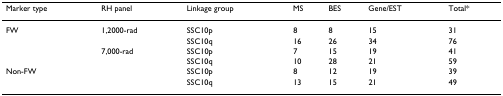
<table><thead><tr><td><b>Marker type</b></td><td><b>RH panel</b></td><td><b>Linkage group</b></td><td><b>MS</b></td><td><b>BES</b></td><td><b>Gene/EST</b></td><td><b>Total*</b></td></tr></thead><tbody><tr><td>FW</td><td>1,2000-rad</td><td>SSC10p</td><td>8</td><td>8</td><td>15</td><td>31</td></tr><tr><td></td><td></td><td>SSC10q</td><td>16</td><td>26</td><td>34</td><td>76</td></tr><tr><td></td><td>7,000-rad</td><td>SSC10p</td><td>7</td><td>15</td><td>19</td><td>41</td></tr><tr><td></td><td></td><td>SSC10q</td><td>10</td><td>28</td><td>21</td><td>59</td></tr><tr><td>Non-FW</td><td></td><td>SSC10p</td><td>8</td><td>12</td><td>19</td><td>39</td></tr><tr><td></td><td></td><td>SSC10q</td><td>13</td><td>15</td><td>21</td><td>49</td></tr></tbody></table>